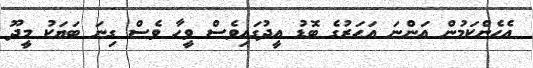
އެހެންކަމުން އަންނަ އަހަރުގެ ބޮޑު އީދުގައިވެސް ވީހާ ވެސް ގިނަ ބަޔަކު މީދޫ